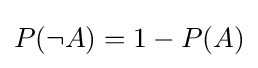
P(\neg A)=1-P(A)